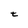
Character: t